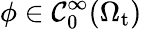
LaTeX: \phi\in\mathcal{C}_{0}^{\infty}(\Omega_{\mathrm{{t}}})